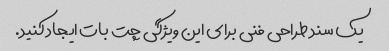
یک سند طراحی فنی برای این ویژگی چت بات ایجاد کنید.